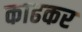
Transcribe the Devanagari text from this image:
काढकर